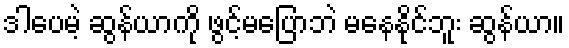
ဒါပေမဲ့ ဆွန်ယာကို ဖွင့်မပြောဘဲ မနေနိုင်ဘူး ဆွန်ယာ။